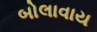
બોલાવાય